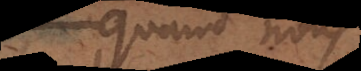
quand nous